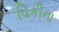
વિકીના